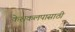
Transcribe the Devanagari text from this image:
केशकलपासाठी